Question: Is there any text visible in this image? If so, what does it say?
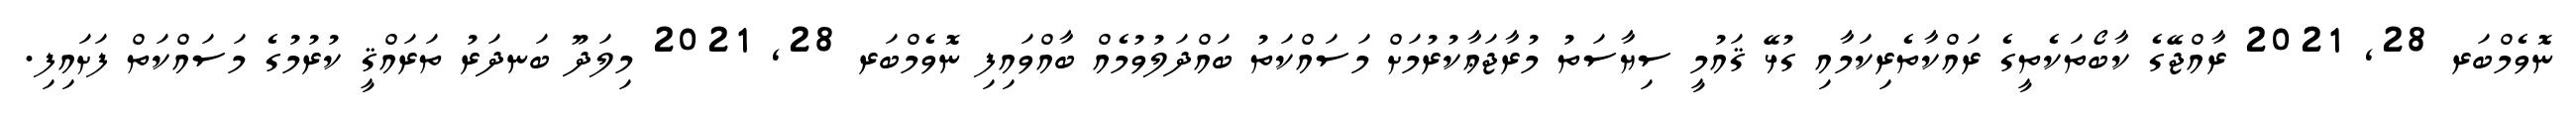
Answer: ނޮވެމްބަރ 28, 2021 ރާއްޖޭގެ ކާބޯތަކެތީގެ ރައްކާތެރިކަމާއި ގުޅޭ ޤައުމީ ސިޔާސަތު މުރާޖަޢާކުރުމަށް މަސައްކަތު ބައްދަލުވުމެއް ބާއްވައިފި ނޮވެމްބަރ 28, 2021 މިލަދޫ ބަނދަރު ތަރައްޤީ ކުރުމުގެ މަސައްކަތް ފަށައިފި.